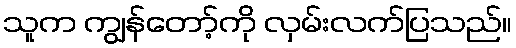
သူက ကျွန်တော့်ကို လှမ်းလက်ပြသည်။